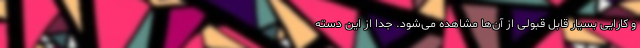
و کارایی بسیار قابل قبولی از آن‌ها مشاهده می‌شود. جدا از این دسته